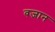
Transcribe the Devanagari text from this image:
वजान